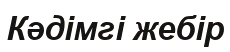
Кәдімгі жебір